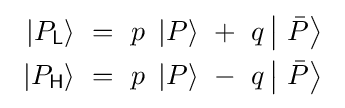
\ {\begin{aligned}\left|P_{\mathsf {L}}\right\rangle \ &=\ p\ \left|P\right\rangle \ +\ q\left|\ {\bar {P}}\right\rangle \\\left|P_{\mathsf {H}}\right\rangle \ &=\ p\ \left|P\right\rangle \ -\ q\left|\ {\bar {P}}\right\rangle \end{aligned}}\